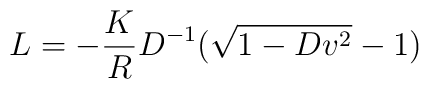
L = - {K\over R} D^{-1} (\sqrt{1 - D v^2} - 1)